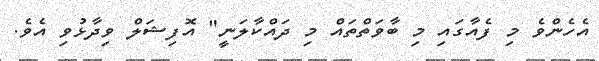
އެހެންވެ މި ފެއާގައި މި ބާވަތްތައް މި ދައްކާލަނީ" އޮފިޝަލް ވިދާޅުވި އެވެ.